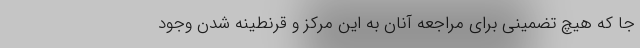
جا که هیچ تضمینی برای مراجعه آنان به این مرکز و قرنطینه شدن وجود